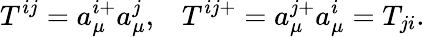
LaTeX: T^{ij}=a_{\mu}^{i+}a_{\mu}^{j},\; \; \; T^{ij+}=a_{\mu}^{j+}a_{\mu}^{i}=T_{ji}.